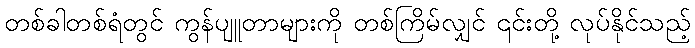
တစ်ခါတစ်ရံတွင် ကွန်ပျူတာများကို တစ်ကြိမ်လျှင် ၎င်းတို့ လုပ်နိုင်သည့်